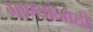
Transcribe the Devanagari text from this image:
गाण्यांनाही